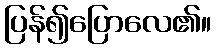
ပြန်၍ပြောလေ၏။